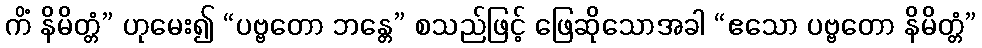
ကိံ နိမိတ္တံ” ဟုမေး၍ “ပဗ္ဗတော ဘန္တေ” စသည်ဖြင့် ဖြေဆိုသောအခါ “ဧသော ပဗ္ဗတော နိမိတ္တံ”